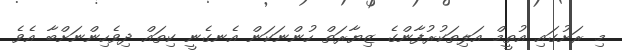
މި ރަށުގައި އުތީމް އަލިތަކުރުފާންގެ ޒިޔާރަތް ހުންނަކަން އެނގެނީ ކިތައް ދިވެހިންނަށްބާ އެވެ